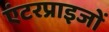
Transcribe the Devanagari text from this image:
एंटरप्राइजों